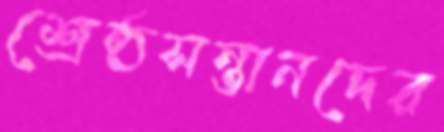
শ্রেষ্ঠসন্তানদের